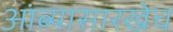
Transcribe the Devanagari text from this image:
आंब्यासारखेच